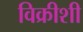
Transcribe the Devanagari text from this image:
विक्रीशी